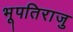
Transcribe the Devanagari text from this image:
भूपतिराजु